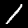
Digit: 1